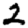
Digit: 2